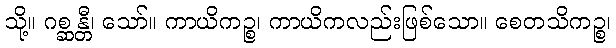
သို့။ ဂစ္ဆန္တီ၊ သော်။ ကာယိကဉ္စ၊ ကာယိကလည်းဖြစ်သော။ စေတသိကဉ္စ၊